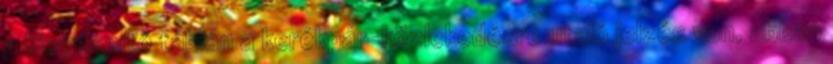
a kiegészítő táblán a kerékpár-közlekedésre utaló jelzés van, abban